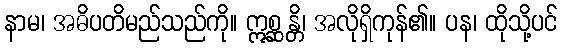
နာမ၊ အဓိပတိမည်သည်ကို။ ဣစ္ဆန္တိ၊ အလိုရှိကုန်၏။ ပန၊ ထိုသို့ပင်